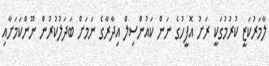
ލާމަރުކަޒީ ކުރުމުގަކީ ރަށު އޮފީހުގެ ނަން ކައުންސިލް އިދާރާގެ ނަމަށް ބަދަލުކުރުން ނޫންކަމަށާއި